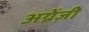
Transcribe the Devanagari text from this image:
अग्रेंज़ी